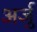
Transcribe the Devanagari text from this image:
अर्जु